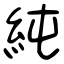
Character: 純